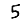
Digit: 5